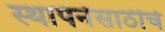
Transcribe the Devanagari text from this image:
स्थापनेसाठीचे